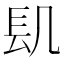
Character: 𨱙